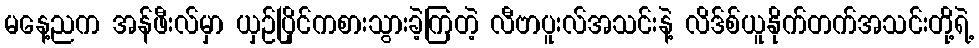
မနေ့ညက အန်ဖီးလ်မှာ ယှဉ်ပြိုင်ကစားသွားခဲ့ကြတဲ့ လီဗာပူးလ်အသင်းနဲ့ လိဒ်စ်ယူနိုက်တက်အသင်းတို့ရဲ့